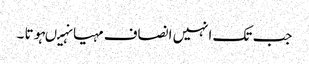
جب تک انہیں انصاف مہیا نہیںہوتا ۔